Senior Leaving Certificate Examination (including Day School Certificate (Higher) General paper), 1950
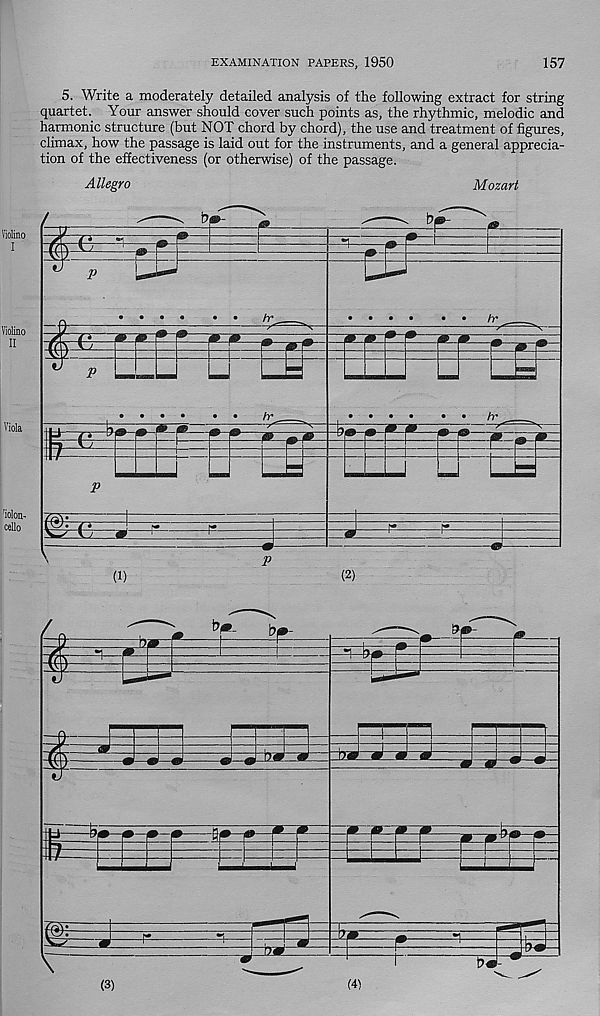
EXAMINATION PAPERS, 1950
157
5. Write a moderately detailed analysis of the following extract for string
quartet. Your answer should cover such points as, the rhythmic, melodic and
harmonic structure (but NOT chord by chord), the use and treatment of figures,
climax, how the passage is laid out for the instruments, and a general apprecia-
tion of the effectiveness (or otherwise) of the passage.
Allegro
Mozart
Piolino
= Fr=^=
p
hr
• • •
•
hr
Violino
II
Viola
' iolon-
cello
p
hr
hr
* m-r-
i
P
EE
(i)
p
(2)
/
I
4*L
l
3
\
(3)
(4)